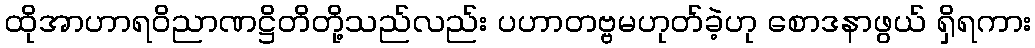
ထိုအာဟာရဝိညာဏဋ္ဌိတိတို့သည်လည်း ပဟာတဗ္ဗမဟုတ်ခဲ့ဟု စောဒနာဖွယ် ရှိရကား